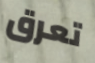
تعرق